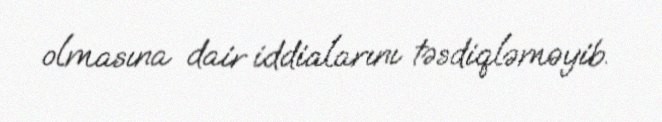
olmasına dair iddialarını təsdiqləməyib.